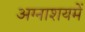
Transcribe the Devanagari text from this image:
अग्नाशयमें